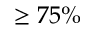
\ge 7 5 \%